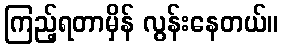
ကြည့်ရတာမှိန် လွန်းနေတယ်။